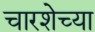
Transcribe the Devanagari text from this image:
चारशेच्या